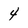
Character: 4